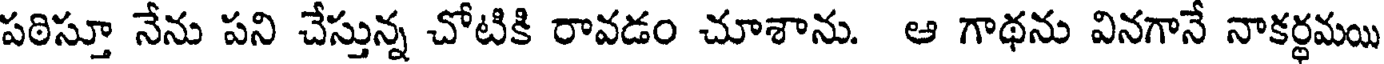
పఠిస్తూ నేను పని చేస్తున్న చోటికి రావడం చూశాను. ఆ గాథను వినగానే నాకర్థమయి